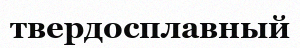
твердосплавный